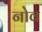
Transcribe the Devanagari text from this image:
नोव